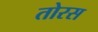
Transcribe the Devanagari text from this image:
तोरस